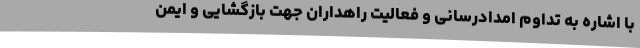
با اشاره به تداوم امدادرسانی و فعالیت راهداران جهت بازگشایی و ایمن